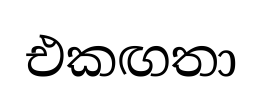
එකඟතා